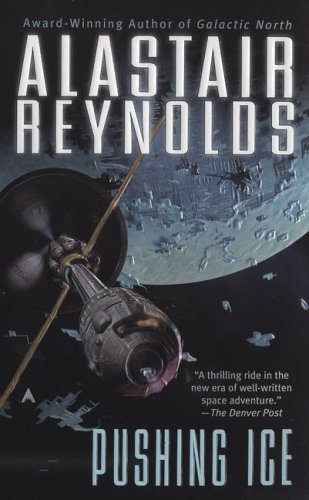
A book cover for Pushing Ice; Alastair Reynolds; Science Fiction & Fantasy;